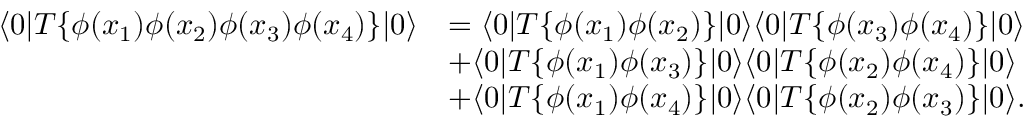
{ \begin{array} { r l } { \langle 0 | T \{ \phi ( x _ { 1 } ) \phi ( x _ { 2 } ) \phi ( x _ { 3 } ) \phi ( x _ { 4 } ) \} | 0 \rangle } & { = \langle 0 | T \{ \phi ( x _ { 1 } ) \phi ( x _ { 2 } ) \} | 0 \rangle \langle 0 | T \{ \phi ( x _ { 3 } ) \phi ( x _ { 4 } ) \} | 0 \rangle } \\ & { + \langle 0 | T \{ \phi ( x _ { 1 } ) \phi ( x _ { 3 } ) \} | 0 \rangle \langle 0 | T \{ \phi ( x _ { 2 } ) \phi ( x _ { 4 } ) \} | 0 \rangle } \\ & { + \langle 0 | T \{ \phi ( x _ { 1 } ) \phi ( x _ { 4 } ) \} | 0 \rangle \langle 0 | T \{ \phi ( x _ { 2 } ) \phi ( x _ { 3 } ) \} | 0 \rangle . } \end{array} }